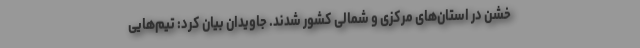
خشن در استان‌های مرکزی و شمالی کشور شدند. جاویدان بیان کرد: تیم‌هایی